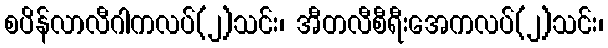
စပိန်လာလီဂါကလပ်(၂)သင်း၊ အီတလီစီရီးအေကလပ်(၂)သင်း၊